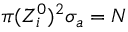
\pi ( Z _ { i } ^ { 0 } ) ^ { 2 } \sigma _ { a } = N